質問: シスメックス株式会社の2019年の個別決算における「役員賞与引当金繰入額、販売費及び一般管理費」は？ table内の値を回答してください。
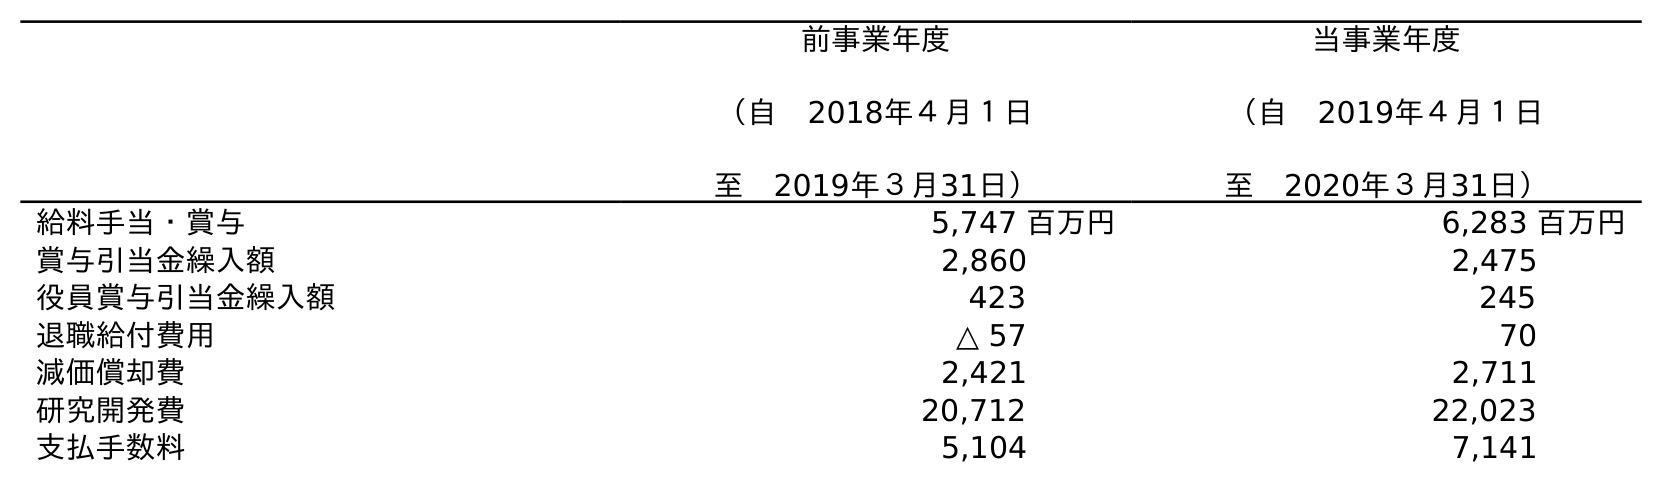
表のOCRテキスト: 前事業年度 （自 2018年４月１日 至 2019年３月31日） 当事業年度 （自 2019年４月１日 至 2020年３月31日） 給料手当・賞与 5,747 百万円 6,283 百万円 賞与引当金繰入額 2,860 2,475 役員賞与引当金繰入額 423 245 退職給付費用 △ 57 70 減価償却費 2,421 2,711 研究開発費 20,712 22,023 支払手数料 5,104 7,141
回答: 423